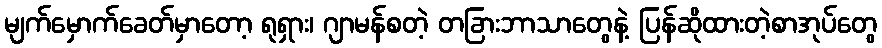
မျက်မှောက်ခေတ်မှာတော့ ရုရှား၊ ဂျာမန်စတဲ့ တခြားဘာသာတွေနဲ့ ပြန်ဆိုထားတဲ့စာအုပ်တွေ